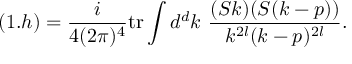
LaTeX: ( 1 . h ) = \frac { i } { 4 ( 2 \pi ) ^ { 4 } } \mathrm { t r } \int d ^ { d } k \ \frac { ( S k ) ( S ( k - p ) ) } { k ^ { 2 l } ( k - p ) ^ { 2 l } } .